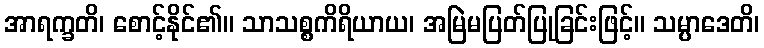
အာရက္ခတိ၊ စောင့်နိုင်၏။ သာသစ္စကိရိယာယ၊ အမြဲမပြတ်ပြုခြင်းဖြင့်။ သမ္ပာဒေတိ၊